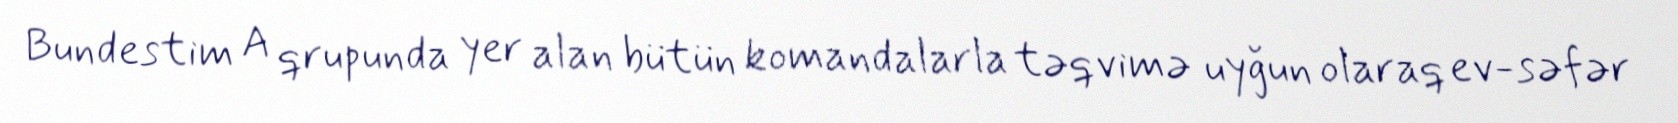
Bundestim A qrupunda yer alan bütün komandalarla təqvimə uyğun olaraq ev-səfər